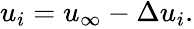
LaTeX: \begin{array}{r}{u_{i}=u_{\infty}-\Delta u_{i}.}\end{array}